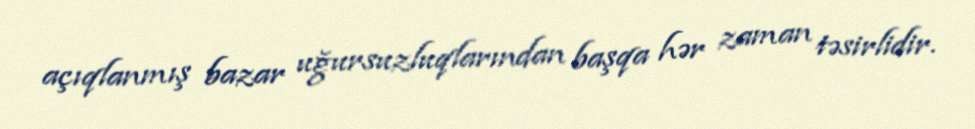
açıqlanmış bazar uğursuzluqlarından başqa hər zaman təsirlidir.